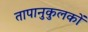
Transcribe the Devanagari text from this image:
तापानुकुलकों